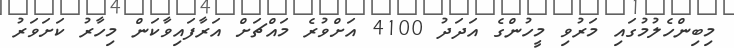
މިބިންހެލުމުގައި މަރުވި މީހުންގެ އަދަދު 4100 އަށްވުރެ މައްޗަށް އަރާފައިވާކަން މިހާރު ކަށަވަރު